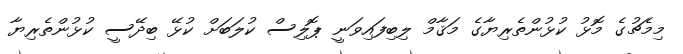
މިމެޗުގެ މޮޅު ކުޅުންތެރިޔާގެ މަޤާމް ލިބިފައިވަނީ ޕޮލިސް ކުލަބަށް ކުޅޭ ބިދޭސީ ކުޅުންތެރިޔާ